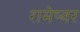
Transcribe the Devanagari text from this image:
रामेष्वर